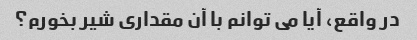
در واقع، آیا می توانم با آن مقداری شیر بخورم؟